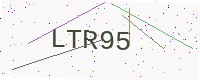
Text: LTR95